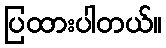
ပြထားပါတယ်။